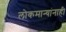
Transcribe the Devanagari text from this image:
लोकमान्‍यांनाही